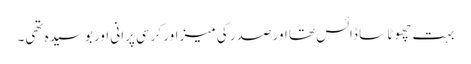
بہت چھوٹا سا ڈائس تھا اور صدر کی میز اور کرسی پرانی اور بوسیدہ تھی۔